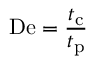
\mathrm { D e } = { \frac { t _ { \mathrm { c } } } { t _ { \mathrm { p } } } }